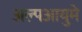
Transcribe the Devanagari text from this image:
अल्पआयुमे